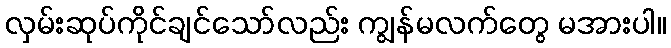
လှမ်းဆုပ်ကိုင်ချင်သော်လည်း ကျွန်မလက်တွေ မအားပါ။